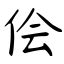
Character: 侩